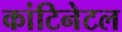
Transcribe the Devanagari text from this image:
कांटिनेटल